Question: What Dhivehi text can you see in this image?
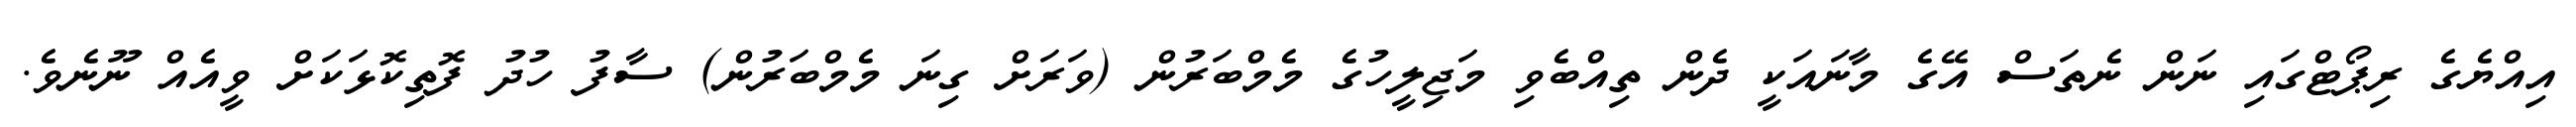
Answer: އިއްޔެގެ ރިޕޯޓްގައި ނަން ނެތަސް އޭގެ މާނައަކީ ދެން ތިއްބެވި މަޖިލީހުގެ މެމްބަރުން (ވަރަށް ގިނަ މެމްބަރުން) ސާފު ހުދު ފޮތިކޮޅަކަށް ވީއެއް ނޫނެވެ.